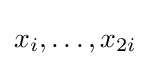
x_{i},\ldots ,x_{2i}